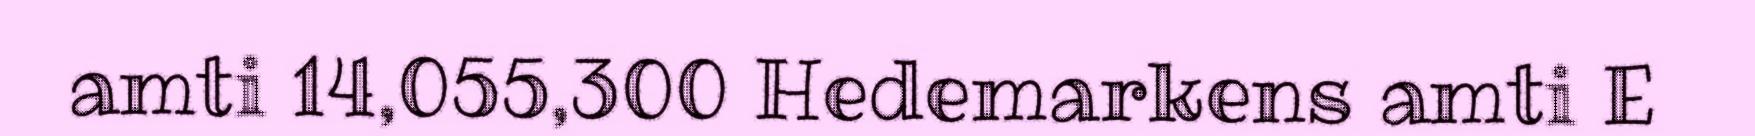
amti 14,055,300 Hedemarkens amti E